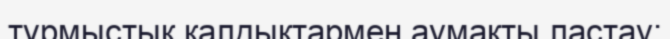
тұрмыстық қалдықтармен аумақты ластау;